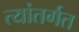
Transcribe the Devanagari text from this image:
त्यांतर्गत